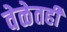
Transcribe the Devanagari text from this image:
वेळेतही